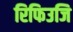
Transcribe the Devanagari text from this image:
रिफिउजि